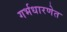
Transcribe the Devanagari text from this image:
गर्भधारणेत